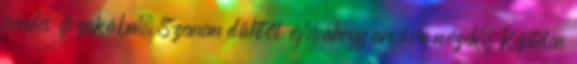
csendes éjszakába. Szemem dühtől ég, ahogy arcára nézek. Képtelen